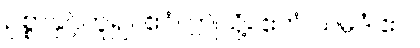
ဥစ္စာနှင့်တူ၍။ ဧဝံ၊ ဤသို့။ ဧတံ သမ္ပဒံ ဧဝ၊